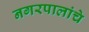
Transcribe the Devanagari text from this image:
नगरपालांचे